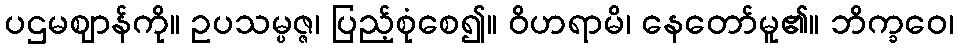
ပဌမဈာန်ကို။ ဥပသမ္ပဇ္ဇ၊ ပြည့်စုံစေ၍။ ဝိဟရာမိ၊ နေတော်မူ၏။ ဘိက္ခဝေ၊